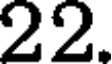
22.